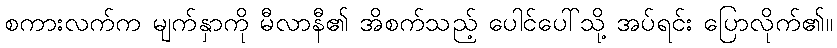
စကားလက်က မျက်နှာကို မီလာနီ၏ အိစက်သည့် ပေါင်ပေါ်သို့ အပ်ရင်း ပြောလိုက်၏။